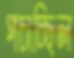
পচাচ্ছিল